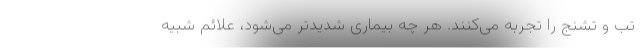
تب و تشنج را تجربه می‌کنند. هر چه بیماری شدیدتر می‌شود، علائم شبیه